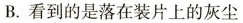
B.看到的是落在装片上的灰尘